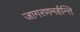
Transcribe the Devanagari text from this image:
जागरणमर्हन्ति